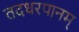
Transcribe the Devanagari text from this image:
तदधरपानम्